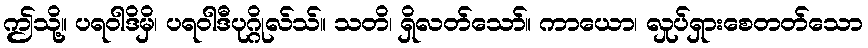
ဤသို့။ ပရဝါဒိမှိ၊ ပရဝါဒီပုဂ္ဂိုလ်သ်။ သတိ၊ ရှိလတ်သော်။ ကာယော၊ လှုပ်ရှားစေတတ်သော